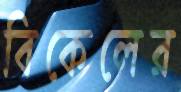
বিকেলের